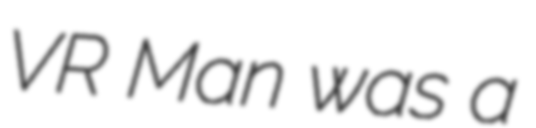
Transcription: VR Man was a